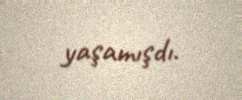
yaşamışdı.